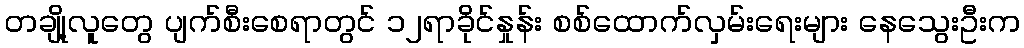
တချို့လူတွေ ပျက်စီးစေရာတွင် ၁၂ရာခိုင်နှုန်း စစ်ထောက်လှမ်းရေးများ နေသွေးဦးက